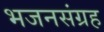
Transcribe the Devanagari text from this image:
भजनसंग्रह